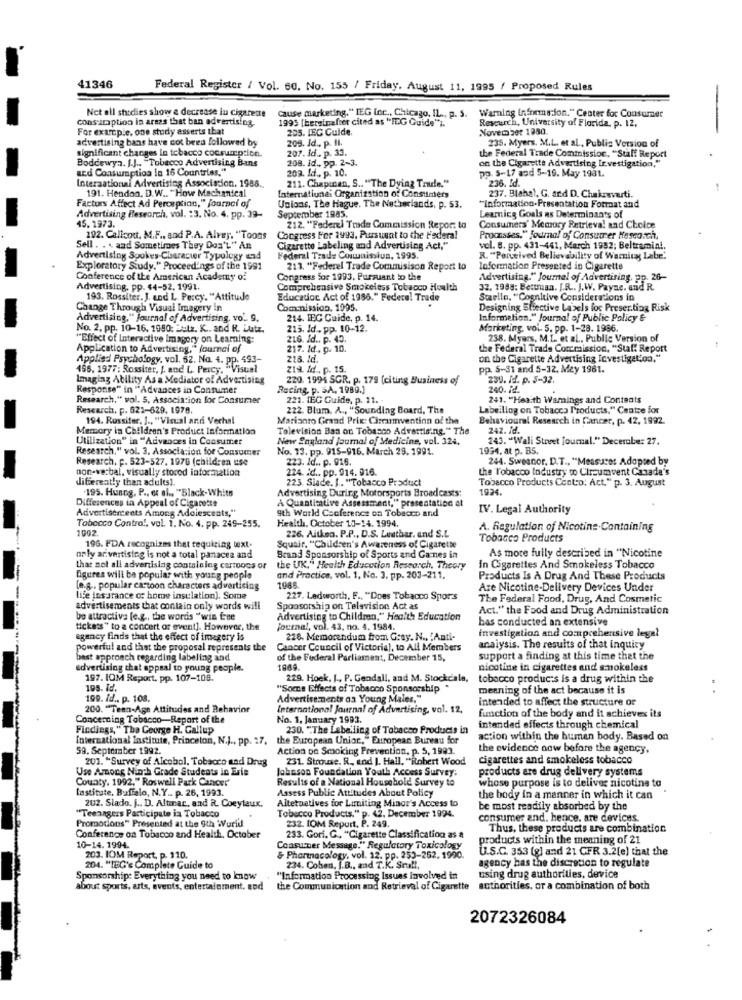
41346
Federal Register / Vol. 60. No. 155 / Friday, August 11, 1995 / Proposed Rules
Net all shodies show a decrease lu cigarette
Cause marketing." IEG inc ., Chicago, IL ., p. S. Warning information." Center for Consumer
consucaption in areas that ban advertising.
1995 [hereinafter cited as "IEG Guide").
For example, one study asserts that
205. LEC Cuide.
Research, University of Florida. p. 12.
Novem bet 1380.
advertising bans have cot been followed by
209. Id ., p. Il.
235. Myers. M.L. et al ., Publiz Version of
significant changes in tobacco consumption.
207. Jd .. p. 33.
Boddewyn. J.J .. "Tobacco Advertising Bans
208. id ., pp. 2-3.
the Federal Trade Commission, "Staff Report
on the Cigarette Advertising Investigation."
and Consumption in 16 Countries,"
209. Id ., p. 10.
pp. 5-17 and 5-19. May 1981.
International Advertising Association. 1986 ..
211. Chapinan, S .. "The Dying Trade."
191. Hendon. D.W .. "How Mechanical
236. Id.
Factors Affect Ad Perception," journal of
International Organization of Consumers
237. Blahal. G. and D. Chakravuti.
September 1985.
Unions, The Hague. The Netherlands, p. 53.
"Informaation. Presentation Format and
Advertising Research, vol. : 3. No. 4. pp. 39-
15.1973.
Learnicg Goals ns Determinants of
212. "Federal Trade Commission Repor: to
Consumers' Memory Retrieval and Choice
292. Callcout, M.F ., and P.A. Alvery, "Toons
Congress For 1993, Pursuent to the Federal
Promsses." journal of Consumer Hesearch.
Sell . . . and Sometimes They Don'L" An
Cigarette Labeling and Advertising Act."
vol. 8. pp. 431-461, March 1932; Beltramial.
Advertising Spokes-Character Typology und
Federal Trade Couunisslun, 1995.
R. "Perceived Believability of Warning Labe'
Exploratory Study." Proceedings of the 1991
213. "Federel Trade Commisison Report to
Information Presented in Cigarette
Conference of the American Academy of
Congress Sor 1993. Pursuant to the
Advertising." Journal of Advertising, pp. 26-
Advertising, pp. 44-52. 1991.
Comprehensive Smokeless Tobacco Hoalth
32. 1988: Bettman. I.R .. J.W. Payne. and R.
193. Rossiter. J. und L. Percy. "Attitude
Educadoc Act of 1986." Federal Trade
Staelle, "Cognitive Considerations in
Change Through Visual Imagery in
Commission. 1095.
Designing Effective Labels foc Preser.ting Risk
Advertising," Journal of Advertising, vo'. 9.
214. IEC Cuide, p. 14.
Information." Journal of Public Policy &
No. 2. pp. 10-16. 1990: ::: 1z. K .. and R. Lutz.
215. Jd. pp. 10-12.
Marketing, vol. 5. pp. 1-28. 1986.
"Effect of Interactive Imagery on Learning:
216. Id .. p. 45.
238. Myers, M.L. et al ., Public Version of
Application to Advertising," Journal of
217. Id ., p. 10.
the Federal Trade Commission, "Stal: Report
Applied Psychology, vol. 62. Na. 4. pp. 493-
228. Id.
on the Cigarette Advertising Investigation."
196. 1977: Rossiter, J. and L. Percy. "Visual
zia Id .. p. 15.
pp. 5-31 and 5-32. Mey 1961.
Imaging Ability As a Mediator of Advertising
220. 1994 SGR. p. 179 (citing Business of
239. id. p. 5-32.
Response" in "Advances in Consumer
Racing, p. S.A. 1989.)
240. il.
Research." vol. 5, Association for Consumer
221. JEG Guide, p. 11.
241. "Heaith Warnings and Contents
Research, F. 621-629. 1978.
222. Blum, A ., "Sounding Board, The
Labeiling on Tobacco Products," Centre for
194. Rossiter, J ., "Visual and Vechal
Marisaro Grand Prix: Circumventinn of the
Behavioural Research in Cancer, p. 42, 1992.
Memory in Children's Product Information
Television Ban on Tobacco Advertising." The
242. fd.
Utilization" in "Advances in Consumer
New England journal of Medicine, vol. 324.
243. "Wali Street journal." Decerabe: 27.
Research," vol. 3. Association for Consumer
No. 13. pp. 915-916. March 23. 1991.
1934, at p. B5.
Research. p. 523-527. 1976 (children use
223. Id .. p. 016.
244. Sweanor. D.T ., "Measures Adopted by
non-verbal, visually stored information
224. id .. pp. 914. 916.
the Tobacco industry co Circumvent Canada's
differently than adults).
223. Siade. J .. "Tobacco Product
Tobacco Products Centro: Act." p. 3. August
.195. Husog, P ., et al ., "Black-Whits
Advertising During Motorsports Broad casts:
1924.
Differences in Appeal of Cigarette
À Quantitative Assessment," presentation at
Advertisercents Among Adolescents,"
9th World Conference on Tobacco and
IV. Legal Authority
Health, October 13-14. 1994.
Tobacco Control, vol. 1. No. 4. pp. 249-255.
1002.
A. Regulation of Nicotins.Containing
226. Aitken. P.P ., D.S. Leather, end S.L
Tobacco Products
196. FDA recognizes that requiring text-
Squait. "Children's Awareness of Cigarette
no ly ar vertising is not a total panacea and
Brand Sponsorship of Sports and Carnes in
As more fully described in "Nicotine
that not all advertising containing cartoons or
the UK." Health Education Research. Theory
In Cigarettes And Smokeless Tobacco
Agures will be popular with young people
and Practice, vol. 1, No. 3, pp. 203-211.
Products Is A Drug And These Products
e.g .. popular cartoon characters advertising
1985
Are Nicotine-Delivery Devices Under
life insurance of home insulation). Some
227. Ledworth, F ., "Does Tobacco Spors
The Federal Food, Drug, And Cosmetic
advertisements that contain only words will
Sponsorship on Television Act as
Act." the Food and Drug Administration
bo attractive [e.g ., the words "win fre
Advertising to Children," Health Education
bas conducted an extensive
tickets" to a concert or event]. However, the
journal, vol. 43, no. 4. 1984.
agency finds that the effect of imagery is
226. Memorandum from Gray. N ., "Anti-
investigation and comprehensive legal
powerful and that the proposal represents the
Cancer Council of Victoria), to All Members
analysis. The results of that inquiry
bast approach regarding labeling and
of the Federal Parliament, December 15,
support a finding at this time that the
advertising that appeal to young people.
nicotine in cigarettes and smokeless
197. IOM Report. pp. 107-108.
229. Hoek, J ., P. Gendall, and M. Stockdale,
tobacco products is a drug within the
195. Id.
"Som's Effects of Tobacco Sponsorship .
meaning of the act because it is
199. Id .. p. 108.
Advertisements aa Young Maler,"
intended to affect the structure of
200. "Teen-Age Attitudes and Behavior
International Journal of Advertising, vol. 12,
function of the body and it achieves its
Concerning Tobacco-Report of the
No. 1. January 1993.
Findings," The George H. Gallup
230. ""The Labelling of Tobacco Products in
intended effects through chemical
International Institute, Princeton, N.J ., pp. 27.
the European Union," European Bureau for
action within the human body. Based on
59. September 1992.
Action on Smoking Prevention, p. 5, 1993.
the evidence now before the agency.
201. "Survey of Alcohol, Tobacco and Drug
231. Strouse. R ., end J. Hall, "Robert Wood
cigarettes and smokeless tobacco
Use Among Ninth Grade Students in Erie
Johnson Foundation Youth Access Survey.
products are drug delivery systems
County. 1992." Roswell Park Cancer'
Results of a National Household Survey to
whose purpose is to deliver nicotine to
Institute, Buffalo, N.Y .. p. 26, 1993.
Assess Public Attitudes About Policy
Alternatives for Limiting Minor's Access to
the body in a manner in which it can
"Teenagers Participate in Tobacco
202. Slado. j .. D. Altmar, and R. Coeylaux.
be most readily absorbed by the
Promotions" Presented at the 9th World
Tobacco Products." p. 42. December 1994.
232. IOM Report, P. 249.
consumer and. hence. are devices.
Thus, these products are combination
Conference on Tobacco and Health, October
233. Gori. G ., "Cigarette Classification as a
products within the meaning of 21
10-14. 1994.
Consumer Message." Regulatory Toxicology
U.S.C. 353 (g) and 21 CFR 3.2[e) that the
203. IOM Report, p. 110.
& Pharmacology, vol. 12. pp. 253-262, 1900.
agency has the discretion to regulate
204. "IGG's Complete Guide to
234. Cohen, J.B ., and T.K. Sru !!,
Sponsorship: Everything you need to know
"Information Processing Issues Involved in
using drug authorities, device
about sports, arts, events, entertainment. aod
the Communication and Retrieval of Cigarette authorities, or a combination of both
2072326084